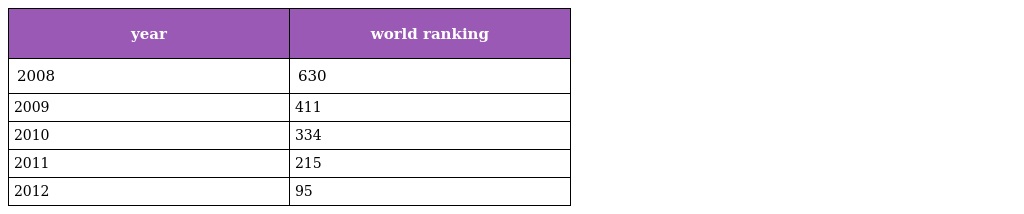
| year | world ranking |
 | --- | --- |
 | 2008 | 630 |
 | 2009 | 411 |
 | 2010 | 334 |
 | 2011 | 215 |
 | 2012 | 95 |